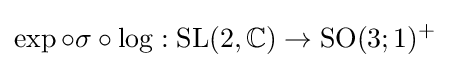
\exp \circ \sigma \circ \log :{\text{SL}}(2,\mathbb {C} )\to {\text{SO}}(3;1)^{+}